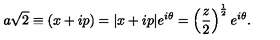
a { \sqrt { 2 } } \equiv ( x + i p ) = | x + i p | e ^ { i \theta } = \left( \frac { z } { 2 } \right) ^ { \frac { 1 } { 2 } } e ^ { i \theta } .